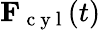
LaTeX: \mathbf{F}_{\mathrm{~c~y~l~}}(t)